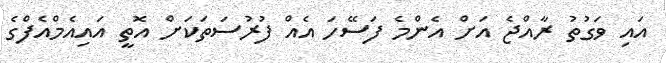
އައި ވަގުތު ރާއްޖެ އަށް އެންމެ ފަސޭހަ އެއް ފުރުސަތަކަށް އޮތީ އައިއެމްއެފްގެ